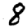
Digit: 8